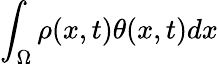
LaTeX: \int_{\Omega}\rho(x,t)\theta(x,t)dx